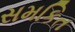
સમકિત